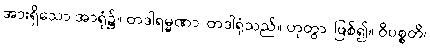
အားရှိသော အာရုံ၌။ တဒါရမ္မဏာ၊ တဒါရုံသည်။ ဟုတွာ၊ ဖြစ်၍။ ဝိပစ္စတိ၊